system: You are a helpful assistant.
user:
Analyze the provided spectrum to determine if it is a **M-type Giant (gM)**.

A M-type Giant spectrum is defined by its **strong molecular absorption** features, particularly from **Titanium Oxide (TiO)**. You must check for one of the following mutually exclusive signatures:

- **Key Visual Indicators (Absorption-Dominated Spectrum):**

    - **(Primary):** The spectrum is dominated by strong molecular absorption from **Titanium Oxide (TiO)**. This is the **defining feature** of its M-type temperature class.
        - **(Key Bandheads):** Look for sharp, "saw-tooth" absorption valleys. The strongest are located near **~7050 Å**, **~6160 Å**, and **~5170 Å**.
        - **(Line Profile):** The "saw-tooth" morphology is critical: a **sharp, steep drop on the BLUE (short-wavelength) side** of the bandhead, followed by a gradual recovery (rising flux) towards the RED (long-wavelength) side.

    - **(Key Confirmation - Giant vs. Dwarf):** **ABSENCE** of strong **Calcium Hydride (CaH)** molecular bands. This is the primary diagnostic for *excluding* M-dwarfs.
        - **(Key Region):** The spectrum should lack the strong, broad absorption band seen in dwarfs between **~6800 Å and ~7000 Å**.

    - **(Secondary Confirmation - Giant):** A very strong and broad **Neutral Calcium (Ca I)** atomic absorption line.
        - **(Key Line):** Located at **~4226 Å**. In a giant (gM), this line is significantly deeper and broader than the same line in an M-dwarf (dM) due to low surface gravity.

    - **(Overall Spectrum):**
        - The continuum is **extremely red-sloping** (i.e., flux is very low in the blue and rises dramatically towards the red).
        - The entire spectrum appears "chopped up" by the deep TiO bands.

Think first, call **spectral_visualization_tool** if needed to examine features in detail, then provide your final answer. Your response must adhere to the following strict rules:
1.  **Overall Structure:** Your response must follow the format `<think>...</think> <tool_call>...</tool_call> (if a tool is used) <answer>...</answer>`.
2.  **Tool Usage Constraint:** You may only make **one** tool call per turn.
3.  **Final Answer Format:** In the `<answer>` tag, your conclusion must be inside a `\boxed{}` command (e.g., `\boxed{YES}` or `\boxed{NO}`), followed by your justification.

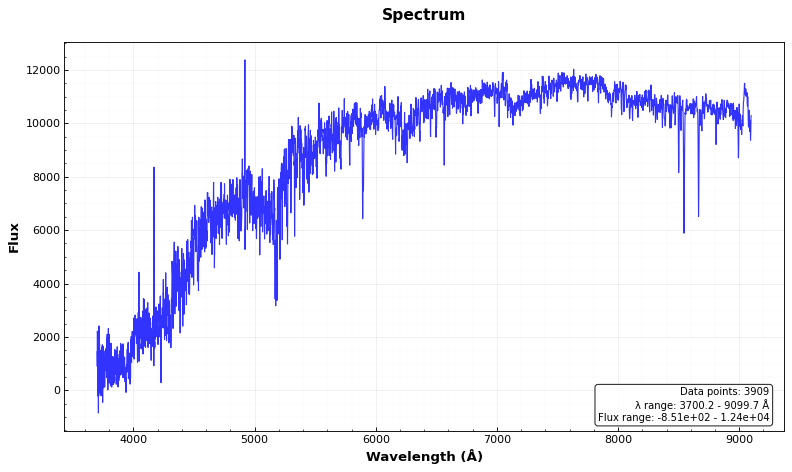
Answer: NO